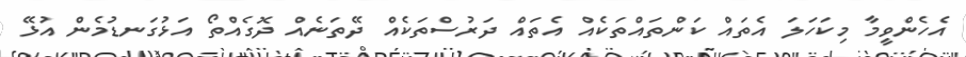
އެހެންވީމާ މިކަހަލަ އެތައް ކަންތައްތަކެއް އެތައް ދަރުސްތަކެއް ދޭތަނެއް ދޮގެއްތޯ އަޅުގަނޑުމެން އުޅޭ